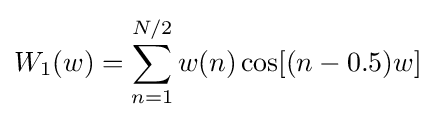
W_{1}(w)=\sum _{n=1}^{N/2}w(n)\cos[(n-0.5)w]